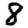
Digit: 8